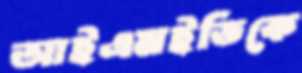
আইএমইডিকে